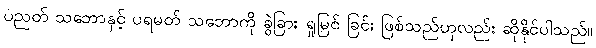
ပညတ် သဘောနှင့် ပရမတ် သဘောကို ခွဲခြား ရှုမြင် ခြင်း ဖြစ်သည်ဟုလည်း ဆိုနိုင်ပါသည်။